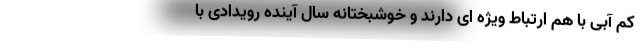
کم آبی با هم ارتباط ویژه ای دارند و خوشبختانه سال آینده رویدادی با